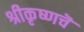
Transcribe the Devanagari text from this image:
श्रीकृष्णचॆ